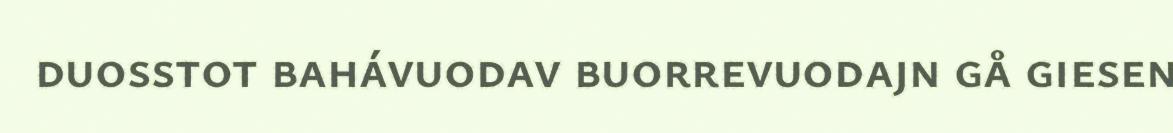
duosstot bahávuodav buorrevuodajn gå giesen